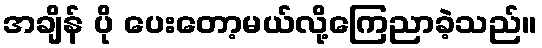
အချိန် ပို ပေးတော့မယ်လို့ကြေညာခဲ့သည်။